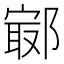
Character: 𨝢